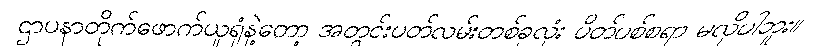
ဌာပနာတိုက်ဖောက်ယူရုံနဲ့တော့ အတွင်းပတ်လမ်းတစ်ခုလုံး ပိတ်ပစ်စရာ မလိုပါဘူး။